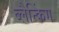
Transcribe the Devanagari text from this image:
ब्लैन्किंग